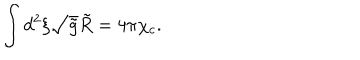
\int { d ^ { 2 } } \xi \sqrt { \tilde { g } } \tilde { R } = 4 \pi { \chi _ { c } } .